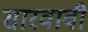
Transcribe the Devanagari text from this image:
सारवावी